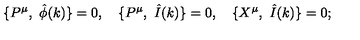
\{ P ^ { \mu } , \ { \hat { \phi } } ( k ) \} = 0 , \quad \{ P ^ { \mu } , \ \hat { I } ( k ) \} = 0 , \quad \{ X ^ { \mu } , \ \hat { I } ( k ) \} = 0 ;